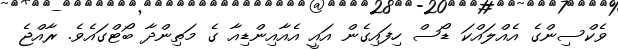
ވެކްސިންގެ އެއްލައްކަ ޑޯސް ހިފައިގެން އައީ އެއާއިންޑިއާ ގެ މަތިންދާ ބޯޓްގައެވެ. ރާއްޖެ